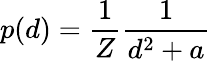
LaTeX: p(d)=\frac{1}{Z}\frac{1}{d^{2}+a}